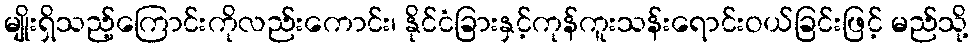
မျိုးရှိသည့်ကြောင်းကိုလည်းကောင်း၊ နိုင်ငံခြားနှင့်ကုန်ကူးသန်းရောင်းဝယ်ခြင်းဖြင့် မည်သို့